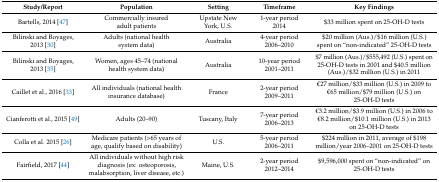
<table><thead><tr><td><b>Study/Report</b></td><td><b>Population</b></td><td><b>Setting</b></td><td><b>Timeframe </b></td><td><b>Key Findings</b></td></tr></thead><tbody><tr><td>Bartells, 2014 [47]</td><td>Commercially insured adult patients </td><td>Upstate New York, U.S.</td><td>1-year period 2014</td><td>$33 million spent on 25-OH-D tests</td></tr><tr><td>Bilinski and Boyages, 2013 [30]</td><td>Adults (national health system data)</td><td>Australia </td><td>4-year period 2006–2010</td><td>$20 million (Aus.)/$16 million (U.S.) spent on “non-indicated” 25-OH-D tests</td></tr><tr><td>Bilinski and Boyages, 2013 [35]</td><td>Women, ages 45–74 (national health system data)</td><td>Australia </td><td>10-year period 2001–2011</td><td>$7 million (Aus.)/$555,492 (U.S.) spent on 25-OH-D tests in 2001 and $40.5 million (Aus.)/$32 million (U.S.) in 2011 </td></tr><tr><td>Caillet et al., 2016 [33]</td><td>All individuals (national health insurance database)</td><td>France</td><td>2-year period 2009–2011</td><td>€27 million/$33 million (U.S.) in 2009 to €65 million/$79 million (U.S.) on 25-OH-D tests</td></tr><tr><td>Cianferotti et al., 2015 [49]</td><td>Adults (20–90)</td><td>Tuscany, Italy</td><td>7-year period 2006–2013</td><td>€3.2 million/$3.9 million (U.S.) in 2006 to €8.2 million/$10.1 million (U.S.) in 2013 on 25-OH-D tests</td></tr><tr><td>Colla et al. 2015 [26]</td><td>Medicare patients (&gt;65 years of age, qualify based on disability)</td><td>U.S.</td><td>5-year period 2006–2011</td><td>$224 million in 2011, average of $198 million/year 2006–2001 on 25-OH-D tests </td></tr><tr><td>Fairfield, 2017 [44]</td><td>All individuals without high risk diagnosis (ex: osteoporosis, malabsorption, liver disease, etc.)</td><td>Maine, U.S.</td><td>2-year period 2012–2014 </td><td>$9,596,000 spent on “non-indicated” on 25-OH-D tests </td></tr></tbody></table>